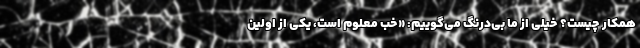
همکار چیست؟ خیلی از ما بی‌درنگ می‌گوییم: «خب معلوم است، یکی از اولین